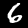
Digit: 6